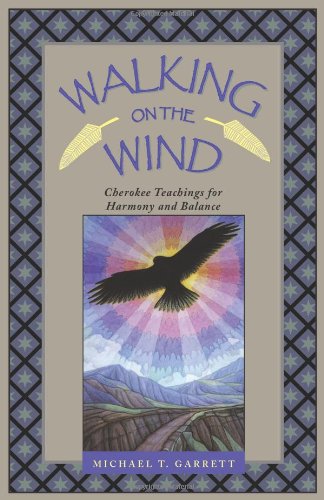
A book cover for Walking on the Wind: Cherokee Teachings for Harmony and Balance; Michael Tlanusta Garrett; Religion & Spirituality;